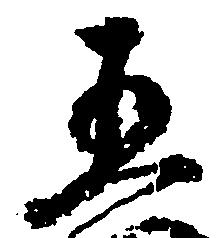
五